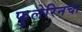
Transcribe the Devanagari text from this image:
फुलेरिनचा